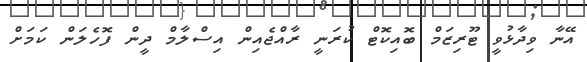
އޭނާ ވިދާޅުވީ ޓޫރިޒަމް ބޮއިކޮޓް ކުރަނީ ރާއްޖެއިން އިސްލާމް ދީން ފޮހެލަން ކަމަށް